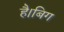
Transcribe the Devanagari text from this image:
है।बिग